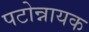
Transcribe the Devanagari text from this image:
पटोन्नायक